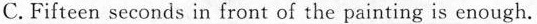
C.Fifteen seconds in front of the painting is enough.